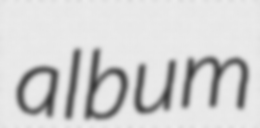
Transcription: album